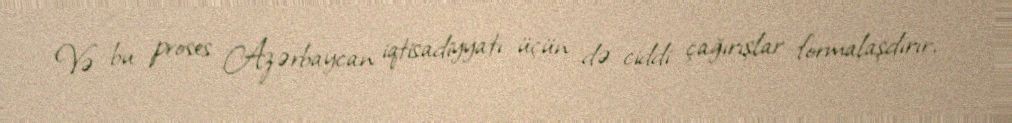
Və bu proses Azərbaycan iqtisadiyyatı üçün də ciddi çağırışlar formalaşdırır,